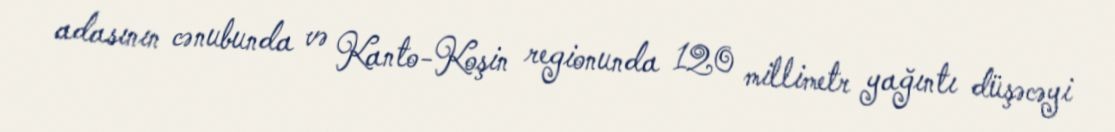
adasının cənubunda və Kanto-Koşin regionunda 120 millimetr yağıntı düşəcəyi